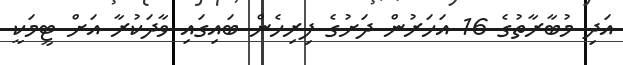
އަދި މުބާރާތުގެ 16 އަހަރުން ދަށުގެ ފިރިހެން ބައިގައި ވާދަކުރާ އަށް ޓީމަކީ